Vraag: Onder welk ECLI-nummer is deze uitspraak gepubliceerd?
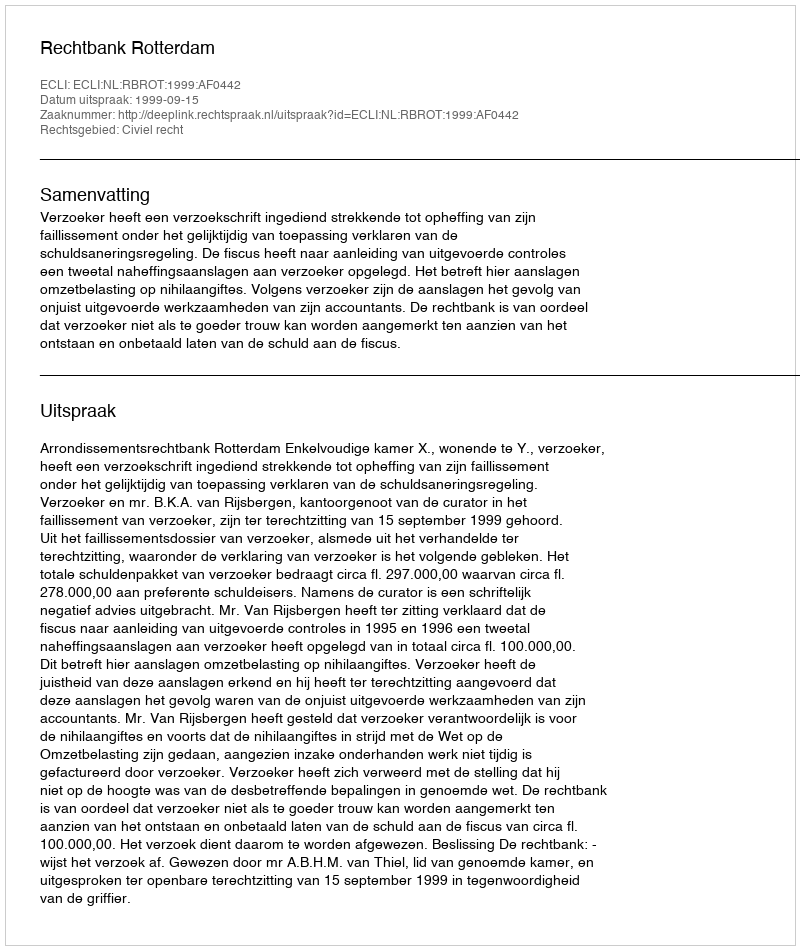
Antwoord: ECLI:NL:RBROT:1999:AF0442